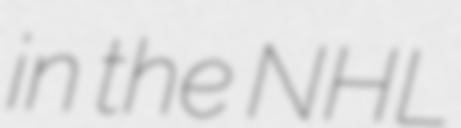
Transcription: in the NHL